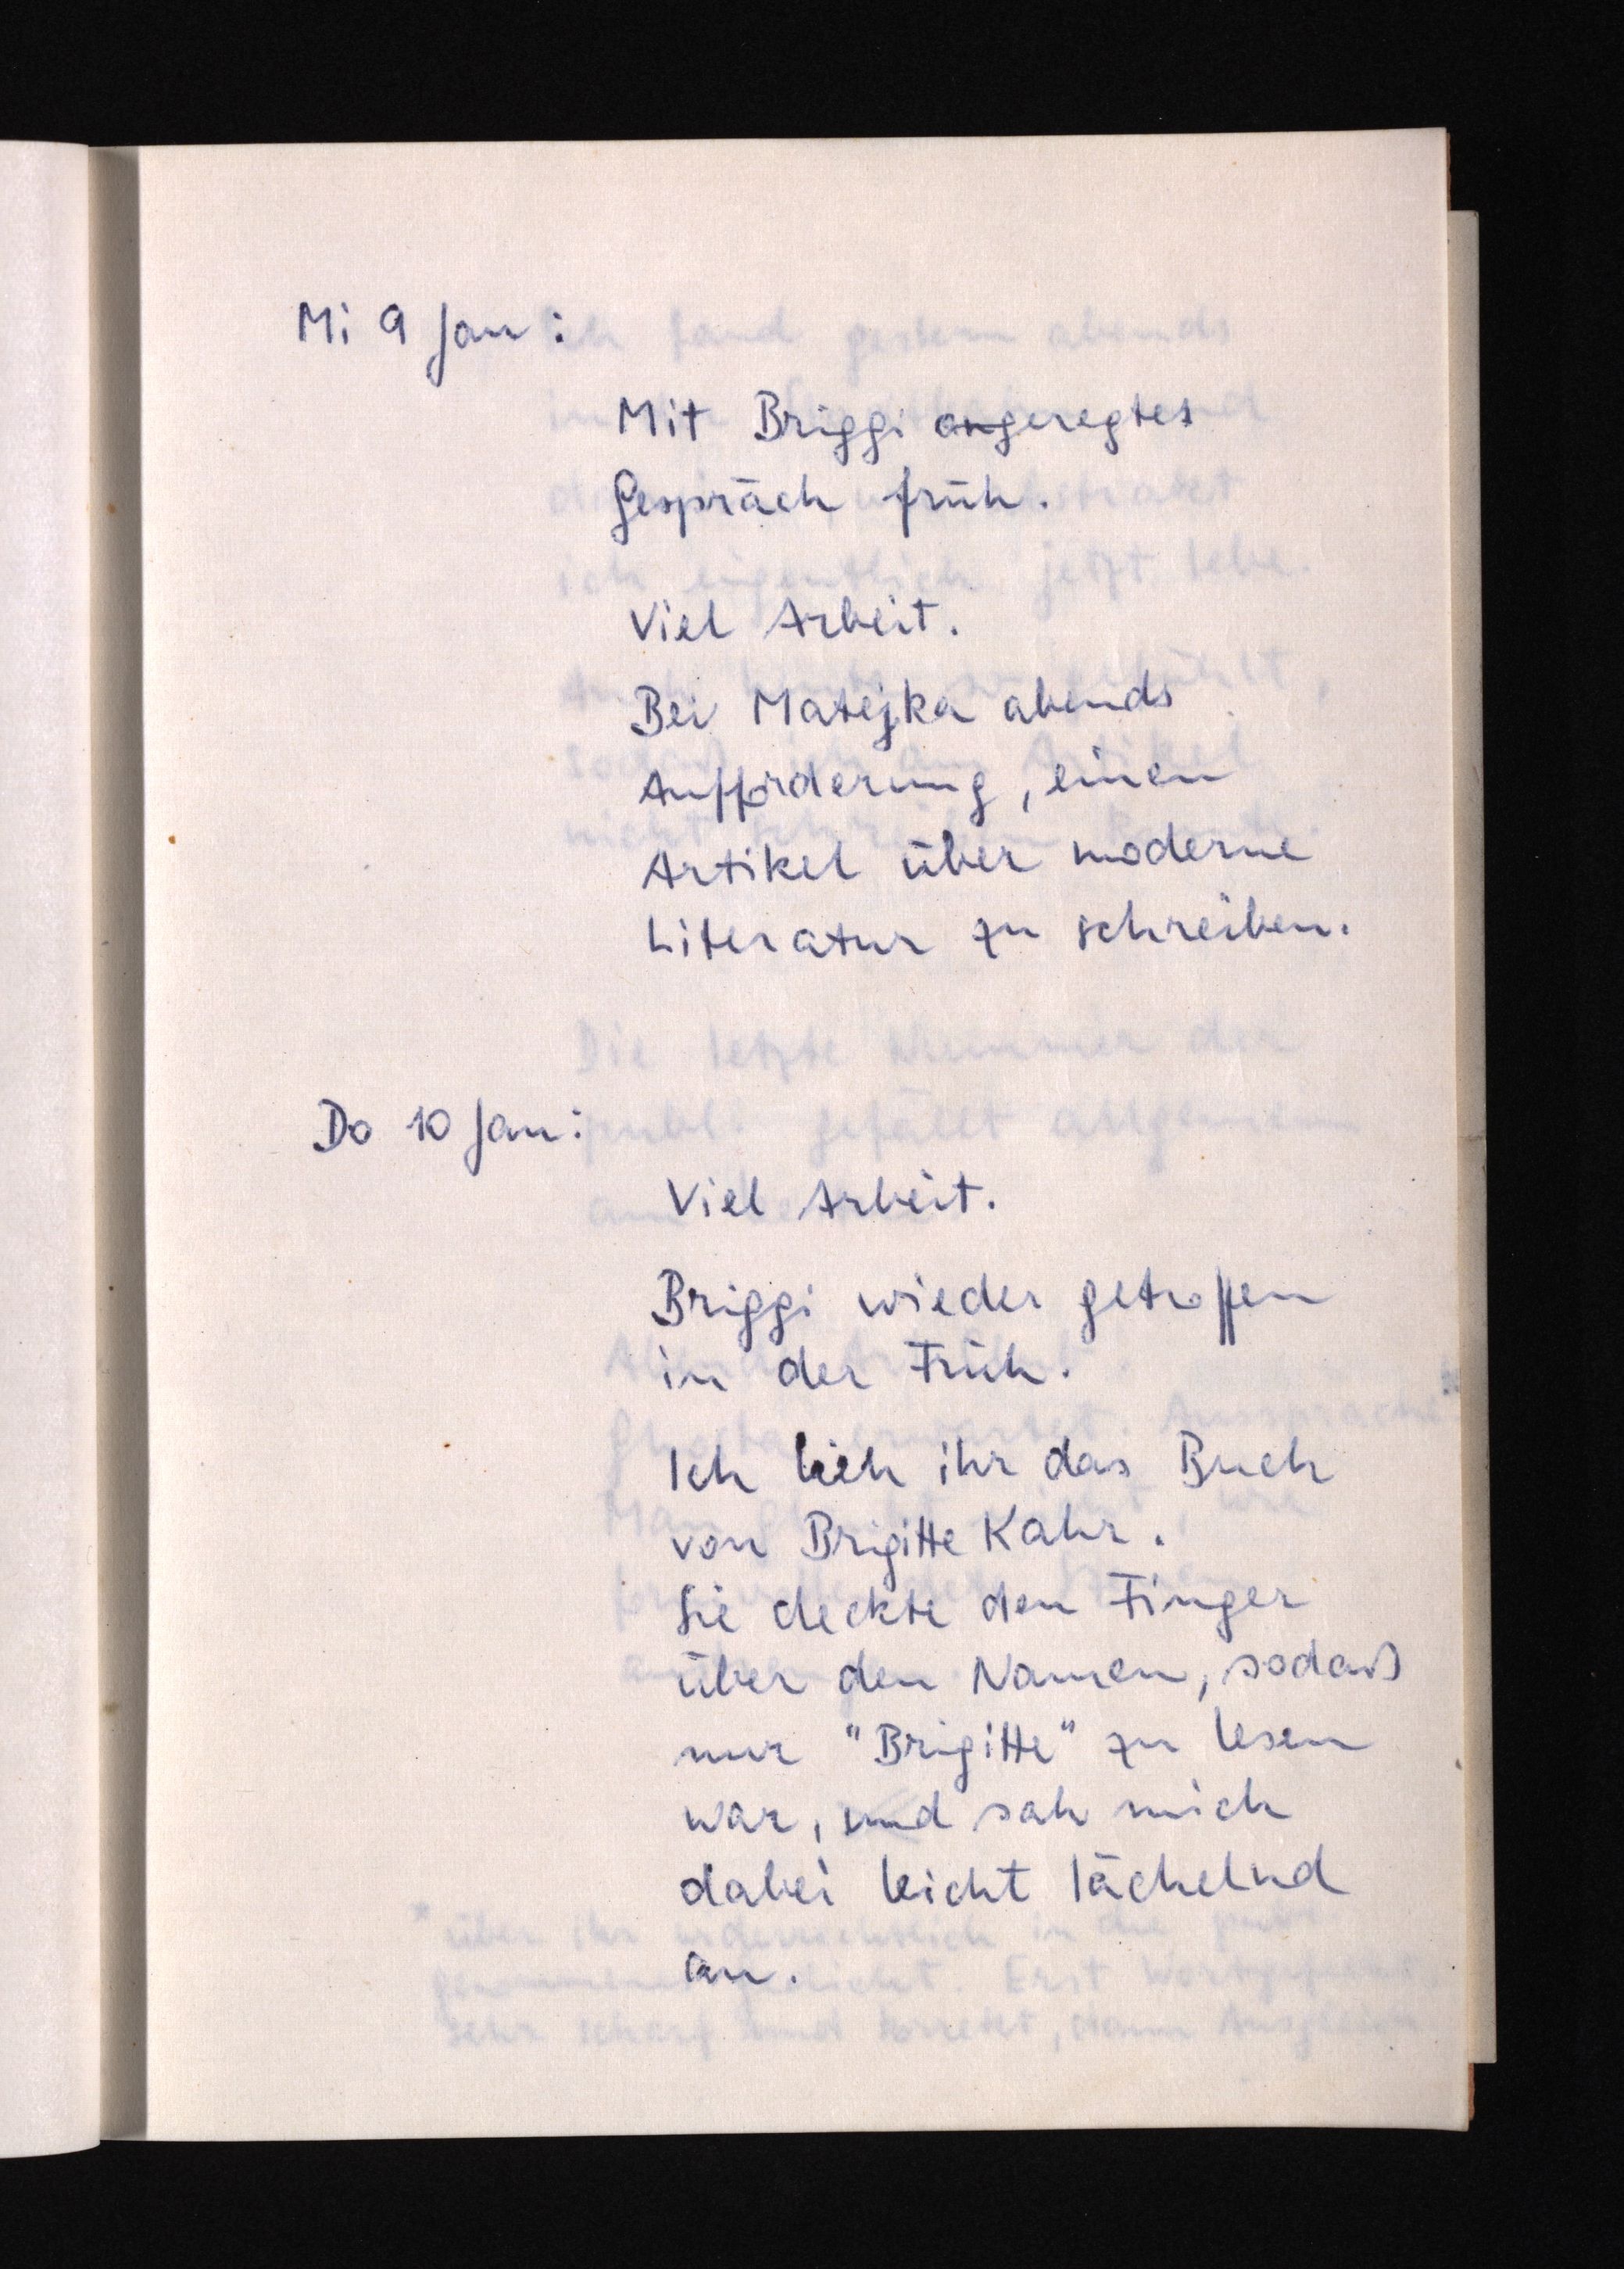
Mi 9 Jan:
Mit Briggi angeregtes
Gespräch früh.
Viel Arbeit.
Bei Matejka abends
Aufforderung, einen
Artikel über moderne
Literatur zu schreiben.
Do 10 Jan:
Viel Arbeit.
Briggi wieder getroffen
in der Früh.
Ich lieh ihr das Buch
von Brigitte Kahr.
Sie deckte den Finger
über den Namen, sodaß
nur "Brigitte" zu lesen
war, und sah mich
dabei leicht lächelnd
an.